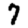
Digit: 7